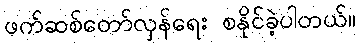
ဖက်ဆစ်တော်လှန်ရေး စနိုင်ခဲ့ပါတယ်။